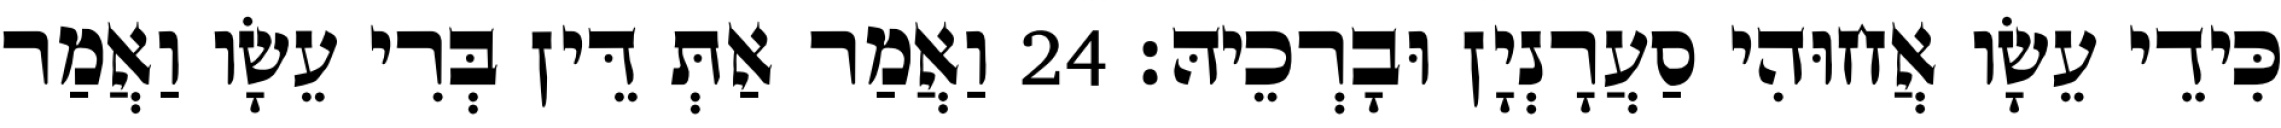
כִּידֵי עֵשָׂו אֲחוּהִי סַעֲרָנְיָן וּבָרְכֵיהּ׃ 24 וַאֲמַר אַתְּ דֵּין בְּרִי עֵשָׂו וַאֲמַר